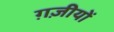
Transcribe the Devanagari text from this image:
ग़ज़ीयों